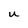
Character: u